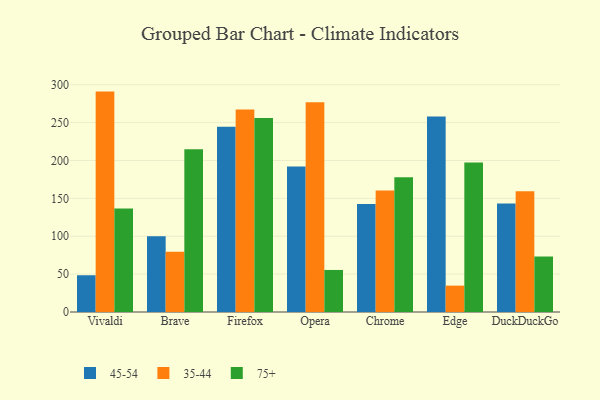
{"axis": {"x": "Browser", "y": "Waste Production (Tons)"}, "legend": ["35-44", "45-54", "75+"], "data": [{"x": "Vivaldi", "y": 48.5, "type": "45-54"}, {"x": "Vivaldi", "y": 290.9, "type": "35-44"}, {"x": "Vivaldi", "y": 136.7, "type": "75+"}, {"x": "Brave", "y": 100.0, "type": "45-54"}, {"x": "Brave", "y": 79.4, "type": "35-44"}, {"x": "Brave", "y": 214.9, "type": "75+"}, {"x": "Firefox", "y": 244.4, "type": "45-54"}, {"x": "Firefox", "y": 267.2, "type": "35-44"}, {"x": "Firefox", "y": 256.2, "type": "75+"}, {"x": "Opera", "y": 192.0, "type": "45-54"}, {"x": "Opera", "y": 277.0, "type": "35-44"}, {"x": "Opera", "y": 55.5, "type": "75+"}, {"x": "Chrome", "y": 142.5, "type": "45-54"}, {"x": "Chrome", "y": 160.2, "type": "35-44"}, {"x": "Chrome", "y": 177.8, "type": "75+"}, {"x": "Edge", "y": 258.2, "type": "45-54"}, {"x": "Edge", "y": 34.8, "type": "35-44"}, {"x": "Edge", "y": 197.4, "type": "75+"}, {"x": "DuckDuckGo", "y": 143.3, "type": "45-54"}, {"x": "DuckDuckGo", "y": 159.3, "type": "35-44"}, {"x": "DuckDuckGo", "y": 73.4, "type": "75+"}]}